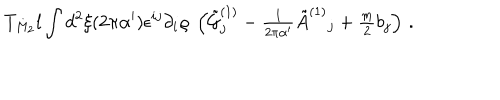
T _ { M _ { 2 } } l \int d ^ { 2 } \xi ( 2 \pi \alpha ^ { \prime } ) \epsilon ^ { i j } \partial _ { i } \varrho \ \left( { \tilde { \cal G } } _ { j } ^ { ( 1 ) } - { \textstyle \frac { 1 } { 2 \pi \alpha ^ { \prime } } } { \tilde { A } } ^ { ( 1 ) } { } _ { j } + { \textstyle \frac { m } { 2 } } b _ { j } \right) \, .